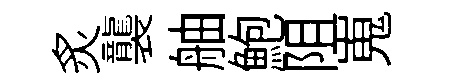
炙襲舳鮑阻嵬